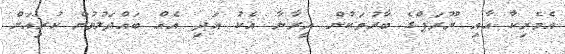
އެމެރިކާ އާއި ޔޫރަޕްގެ ބާރުތަކުން އީރާނާ އެކު އަދި އެއް ބައްދަލުވުން ކުރިއަށް